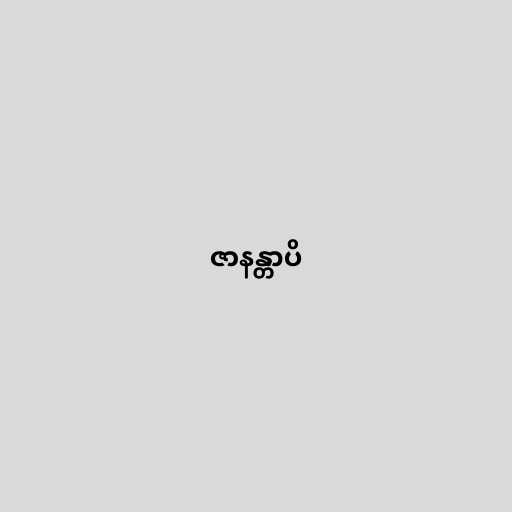
ဇာနန္တာပိ